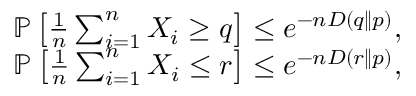
\begin{array} { r } { \mathbb { P } \left[ \frac { 1 } { n } \sum _ { i = 1 } ^ { n } X _ { i } \ge q \right] \le e ^ { - n D ( q \| p ) } , } \\ { \mathbb { P } \left[ \frac { 1 } { n } \sum _ { i = 1 } ^ { n } X _ { i } \le r \right] \le e ^ { - n D ( r \| p ) } , } \end{array}